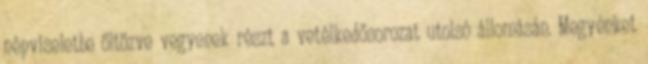
népviseletbe öltözve vegyenek részt a vetélkedősorozat utolsó állomásán. Megyénket